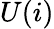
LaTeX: U(i)